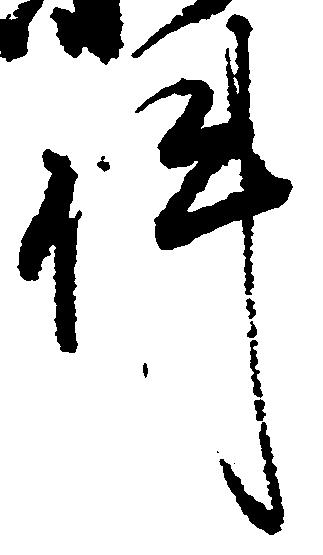
件